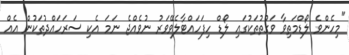
"މިހެންވެ ލޯޑްމަތިވާ ވަގުތުތަކުގައި ލޯޑް ހިފަހައްޓާލެވޭވަރު ނުވެއްޖެ ނަމަ އެކި ސަރަހައްދުތަކުން އެއް